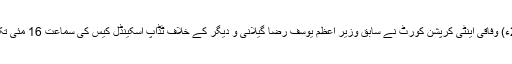
16 اپریل2018ء) وفاقی اینٹی کرپشن کورٹ نے سابق وزیر اعظم یوسف رضا گیلانی و دیگر کے خلاف ٹڈاپ اسکینڈل کیس کی سماعت 16 مئی تک ملتوی کردی ۔